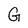
Character: G